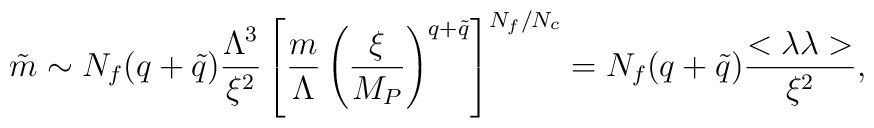
\tilde m \sim N_f (q+ \tilde q) {\Lambda^3 \over \xi^2} \left[  {m \over \Lambda} \left(  {\xi \over M_P}\right)^{q+ \tilde q} \right]^{N_f / N_c} = N_f (q +\tilde q) {<\lambda \lambda> \over \xi^2},